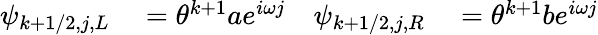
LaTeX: \begin{array}{rlrl}{\psi_{k+1/2,j,L}}&{{}=\theta^{k+1}ae^{i\omega j}}&{\psi_{k+1/2,j,R}}&{{}=\theta^{k+1}be^{i\omega j}}\end{array}